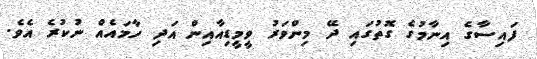
ފައިސާގެ އިނާމުގެ ގޮތުގައި ދޭ މިންވަރު ވީމީޑިއާއިން އަދި ހާމައެއް ނުކުރެ އެވެ.